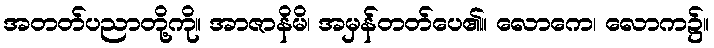
အတတ်ပညာတို့ကို။ အာဇာနိမိ၊ အမှန်တတ်ပေ၏။ လောကေ၊ လောက၌။